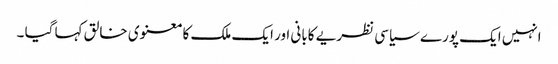
انہیں ایک پورے سیاسی نظریے کابانی اور ایک ملک کا معنوی خالق کہا گیا ۔